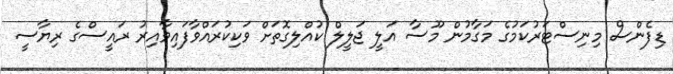
ޑިފެންސް މިނިސްޓަރުކަމުގެ މަގާމުން މޫސާ އަލީ ޖަލީލް ކުއްލިގޮތަށް ވަކިކުރައްވާފައިވާއިރު ރައީސްގެ ރިޔާސީ